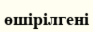
өшірілгені